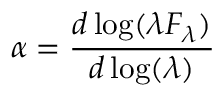
\alpha = { \frac { d \log ( \lambda F _ { \lambda } ) } { d \log ( \lambda ) } }